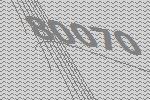
80070